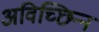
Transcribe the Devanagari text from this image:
अविच्छिन्‍न